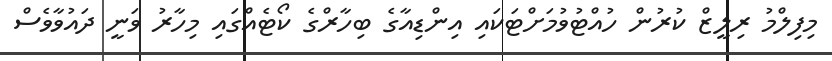
މިފިލްމު ރިލީޒް ކުރުން ހުއްޓުވުމަށްޓަކައި އިންޑިއާގެ ބިހާރްގެ ކޯޓެއްގައި މިހާރު ވަނީ ދައުވާވެސް